Civil Veterinary Department. United Provinces 1923-31 - 1923-1931
Year: 1923
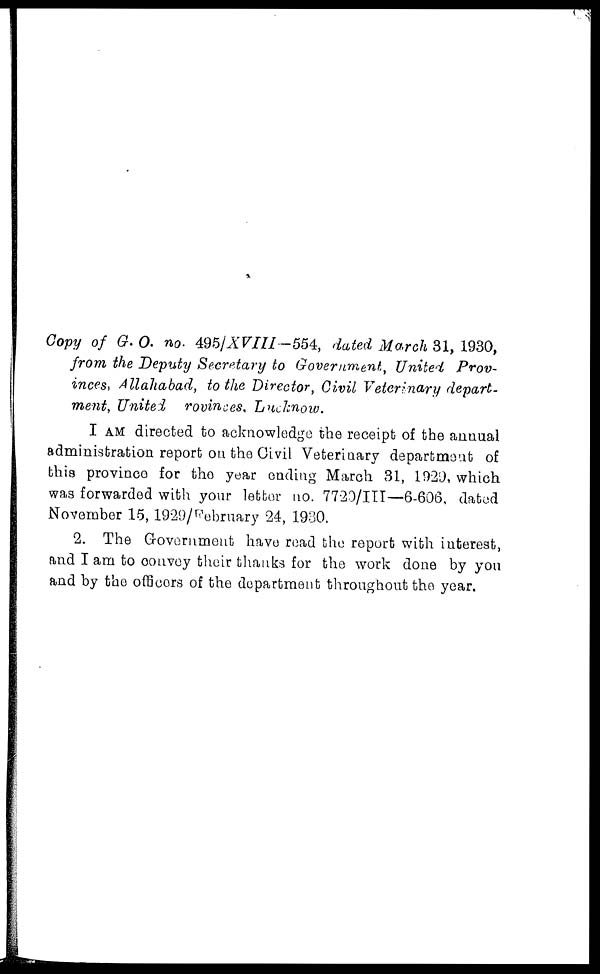
Copy of G. O. no. 495/XVIII-554, dated March 31, 1930,
from the Deputy Secretary to Government, United Prov-
inces, Allahabad, to the Director, Civil Veterinary depart-
ment, United Provinces, Lucknow.
I AM directed to acknowledge the receipt of the annual
administration report on the Civil Veterinary department of
this province for the year ending March 31, 1929, which
was forwarded with your letter no. 7720/III—6-606, dated
November 15, 1929/February 24, 1930.
2. The Government have read the report with interest,
and I am to convey their thanks for the work done by you
and by the officers of the department throughout the year.